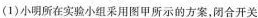
(1)小明所在实验小组采用图甲所示的方案，闭合开关